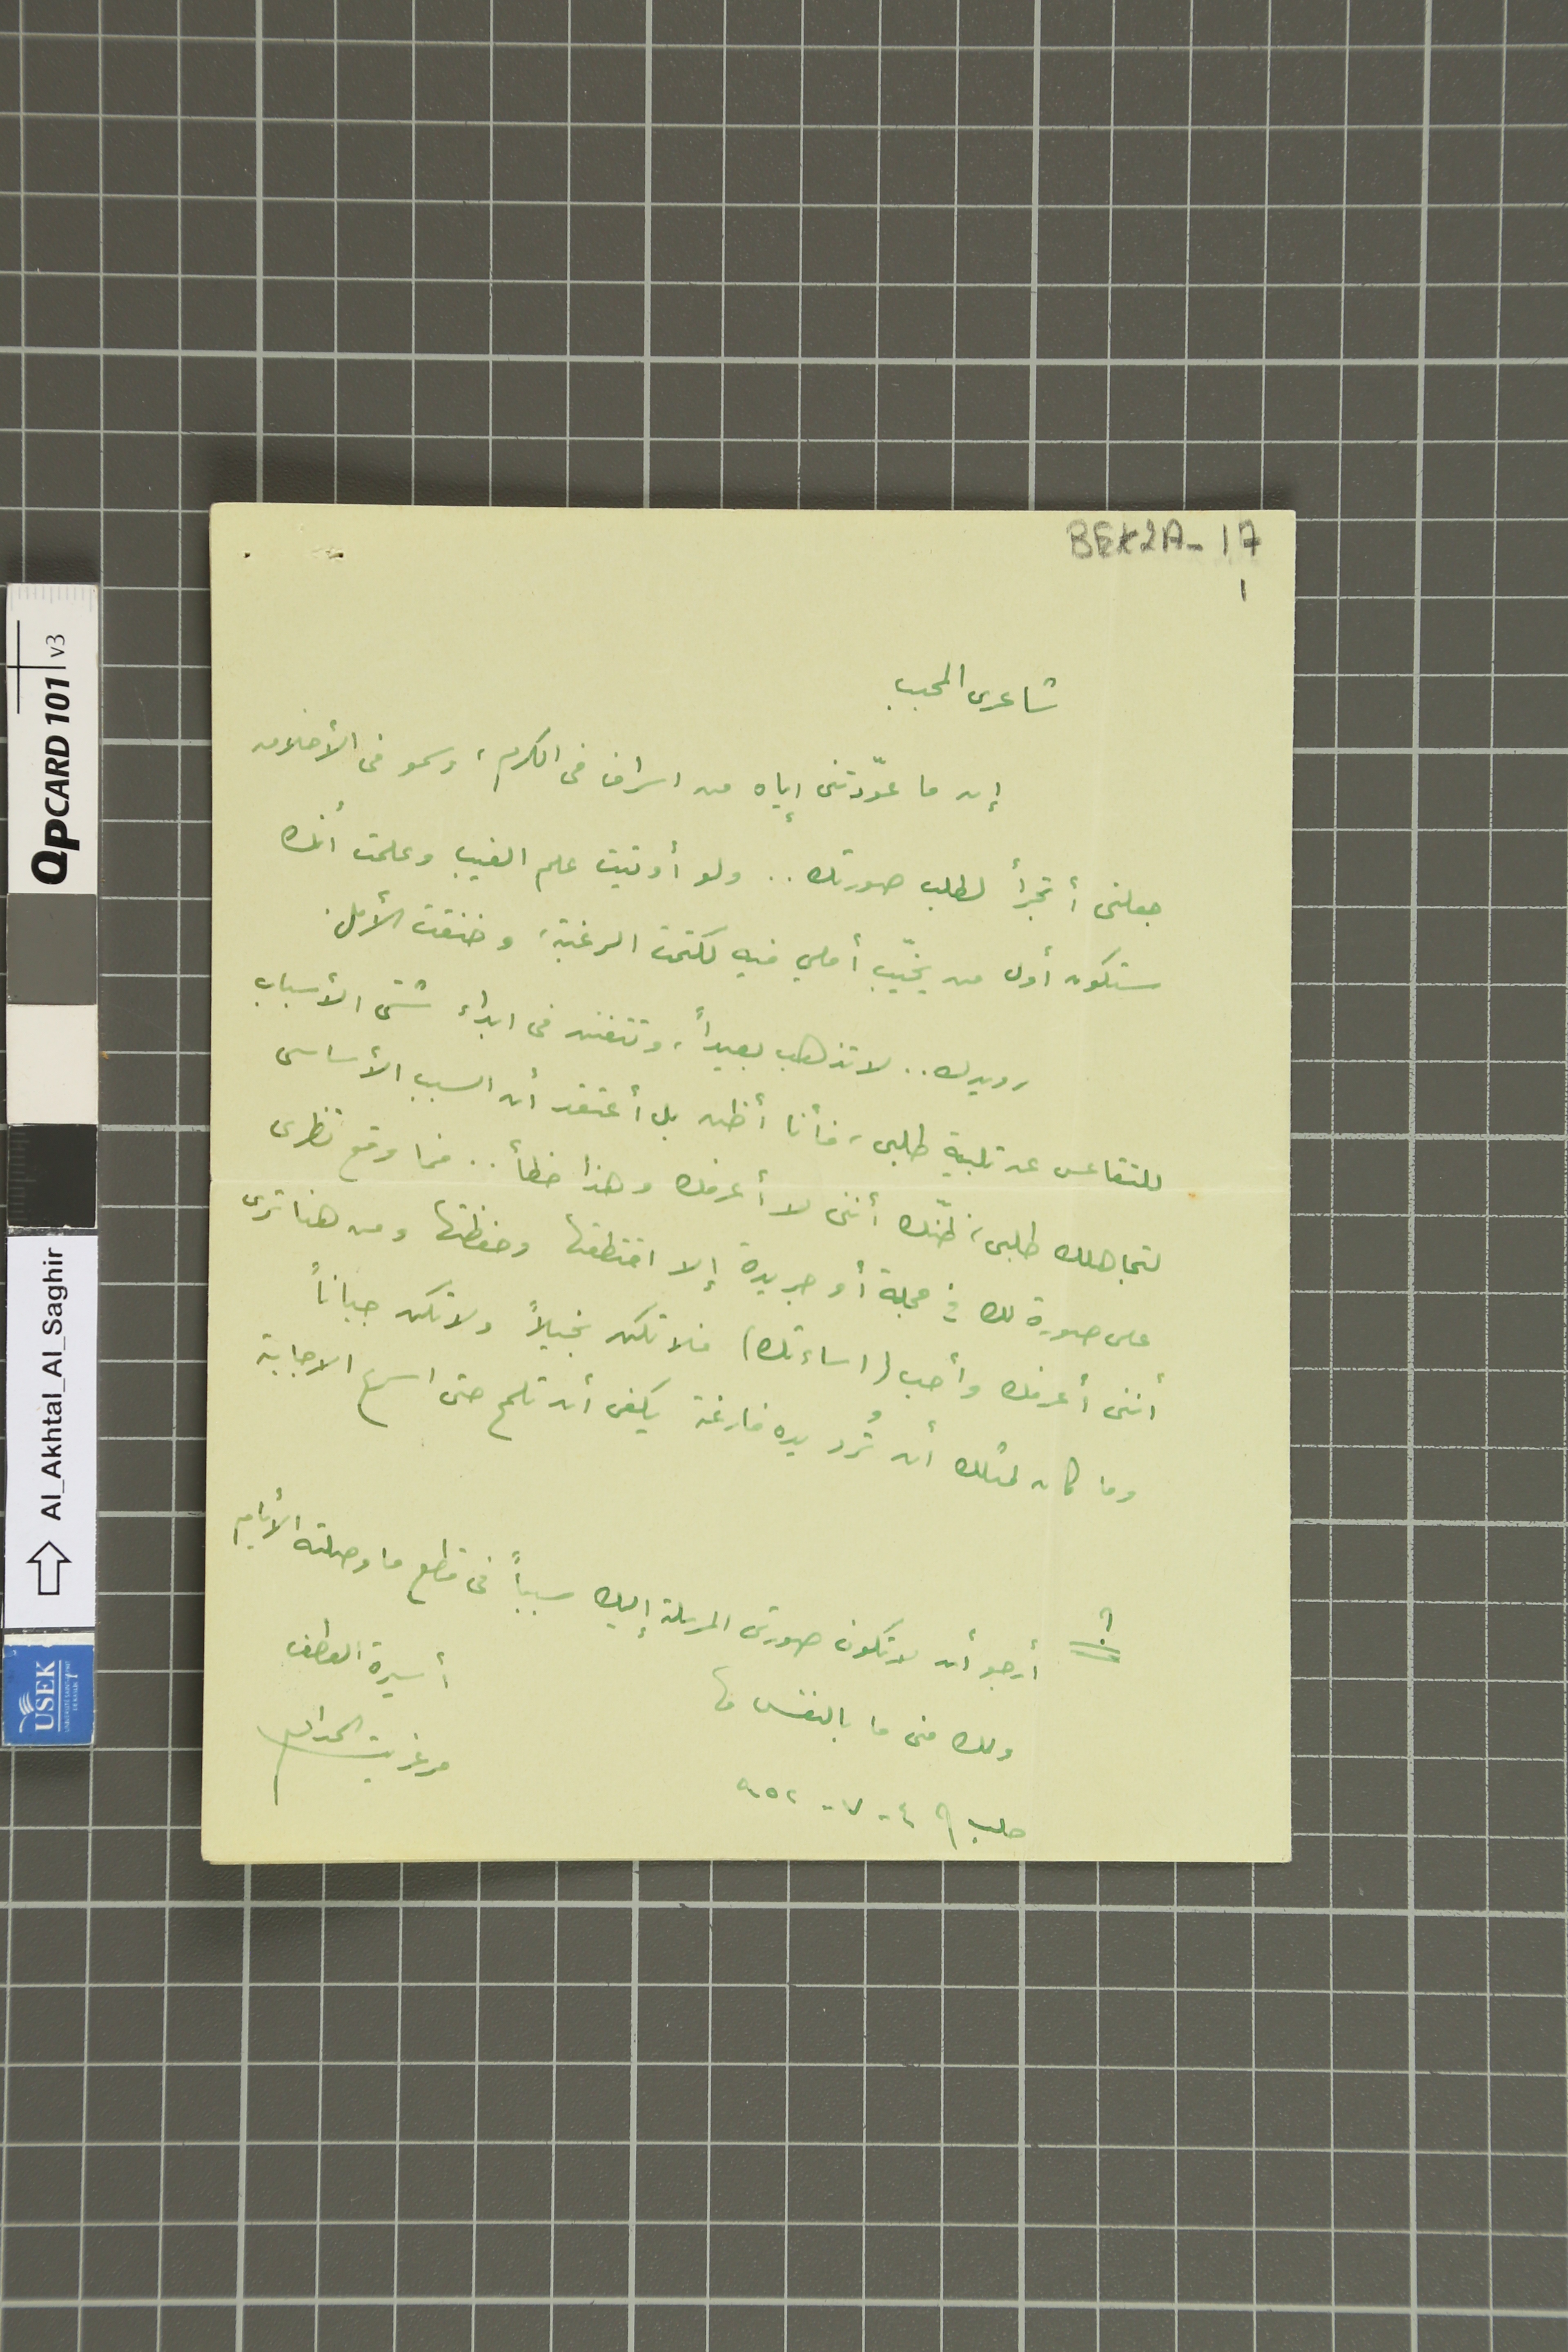
BEK2A-17 1
شاعرى المحبب
إن ما عوّدتنى إياه من اسراف فى الكرم، وسمو فى الأخلاق
جعلنى أتجرأ لطلب صورتك .. ولو أوتيت علم الغيب وعلمت أنك
ستكون أول من يخيّب املي فيه لكتمت الرغبة، وخنقت الأمل.
رويدك .. لا تذهب بعيداً، وتتفنن فى ابداء شتى الأسباب
للتقاعس عن تلبية طلبى، فأنا أظن بل أعتقد أن السبب الأساسى
لتجاهلك طلبى، ظنّك أننى لا أعرفك وهذا خطأ .. فما وقع نظرى
على صورة لك فى مجلة أو جريدة إلا اختطفها وحفظتها ومن هنا ترى
أننى أعرفك وأحب (اساءتك) فلا تكن بخيلاً ولا تكن جباناً
وما كان لمثلك أن تُرد يده فارغة يكفى أن تلمح حتى اسرع الاجابة
؟  أرجو أن لا تكون صورتى المرسلة إليك سبباً فى قطع ما وصلته الأيام
ولك منى ما بالنفس ما
حلب فى  ٤  - ٧ - ٩٥٢
أسيرة العطف مرغريت الحداد